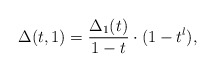
\begin{align*}\Delta(t,1)=\frac{\Delta_1(t)}{1-t}\cdot(1-t^l),\end{align*}